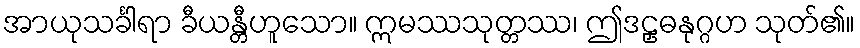
အာယုသင်္ခါရာ ခီယန္တီဟူသော။ ဣမဿသုတ္တဿ၊ ဤဒဠှဓနုဂ္ဂဟ သုတ်၏။